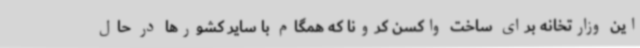
این وزارتخانه برای ساخت واکسن کرونا که همگام با سایر کشورها در حال